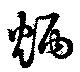
炳